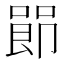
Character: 𪡰